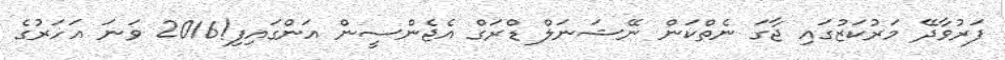
ފަރުވާދޭ މަރުކަޒުގައި ޖާގަ ނެތްކަން ނޭޝަނަލް ޑްރަގް އެޖެންސީން އަންގައިފި!2016 ވަނަ އަހަރުގެ